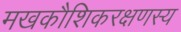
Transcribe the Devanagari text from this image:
मखकौशिकरक्षणस्य